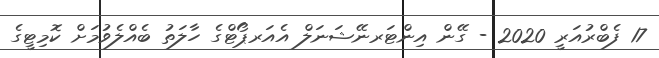
17 ފެބްރުއަރީ 2020 - ގޭން އިންޓަރނޭޝަނަލް އެއަރޕޯޓްގެ ހާލަތު ބެއްލެވުމަށް ކޮމިޓީގެ